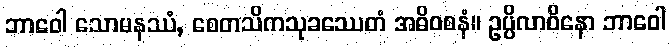
ဘာဝေါ သောမနဿံ, စေတသိကသုခဿေတံ အဓိဝစနံ။ ဥပ္ပိလာဝိနော ဘာဝေါ